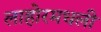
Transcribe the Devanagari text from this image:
लाहोरमधली